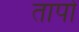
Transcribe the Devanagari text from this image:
तापोँ